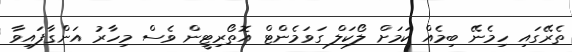
ތެރޭގައި ހިމެނޭ ބިމެއް ކަމަށް ލޯކަލް ގަވަމެންޓް އޮތޯރިޓީން ވެސް މިހާރު އަންގާފައިވާ